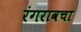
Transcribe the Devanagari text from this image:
रंगरावचा